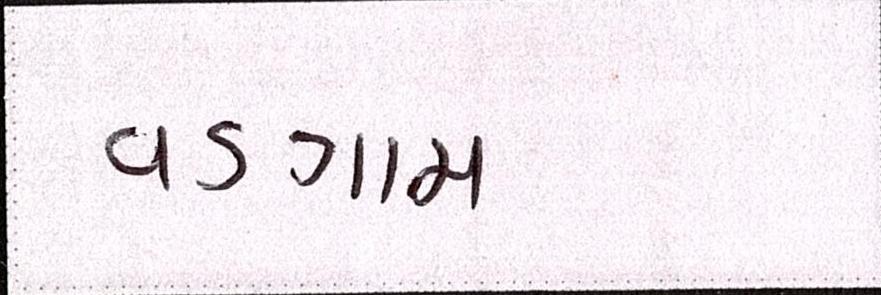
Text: વડગામ